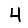
Digit: 4